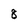
Character: 8